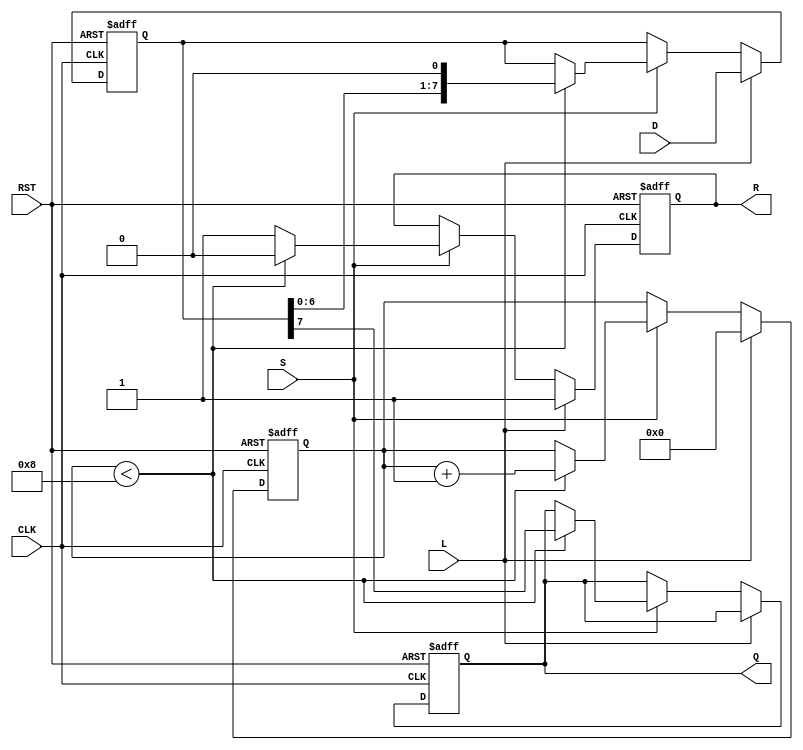
module PISO_Register #(
    parameter width = 8  // Width of the data bus
)(
    input  wire [width-1:0] D,       // Data inputs
    input  wire L,                    // Load control signal
    input  wire S,                    // Shift control signal
    input  wire CLK,                  // Clock signal
    input  wire RST,                  // Asynchronous reset signal
    output reg Q,                     // Serial output
    output reg R                      // Ready signal
);

    reg [width-1:0] R_reg;            // Internal register to store data
    reg [3:0] shift_count;             // Counter for tracking shifts

    // Asynchronous reset
    always @(posedge CLK or posedge RST) begin
        if (RST) begin
            R_reg <= 0;                // Clear the internal register
            shift_count <= 0;          // Reset the shift count
            Q <= 0;                    // Clear serial output
            R <= 1;                    // Set Ready signal (not shifting)
        end else begin
            if (L) begin
                R_reg <= D;            // Load data into the register
                shift_count <= 0;      // Reset shift count on load
                R <= 1;                // Set Ready signal (data loaded)
            end else if (S) begin
                if (shift_count < width) begin
                    Q <= R_reg[width-1]; // Shift out the MSB
                    R_reg <= {R_reg[width-2:0], 1'b0}; // Shift left
                    shift_count <= shift_count + 1; // Increment shift count
                    R <= 0;              // Clear Ready signal (shifting data)
                end else begin
                    R <= 1;              // Set Ready signal (completed shifting)
                end
            end
        end
    end

endmodule